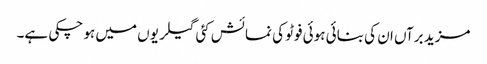
مزید برآں ان کی بنائی ہوئی فوٹو کی نمائش کئی گیلریوں میں ہو چکی ہے۔